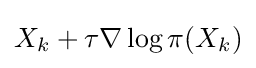
X_{k}+\tau \nabla \log \pi (X_{k})